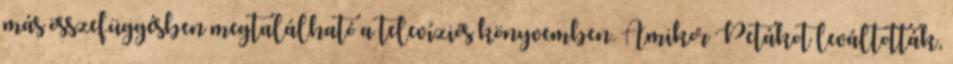
más összefüggésben megtalálható a te­levíziós könyvemben. Amikor Petákot leváltották,